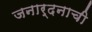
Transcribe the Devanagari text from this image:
जनार्दनाची